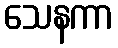
သေနကာ